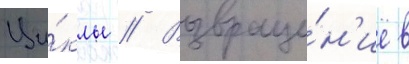
Ци́клы // Возвраще́н'ие в